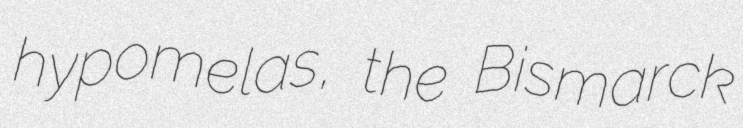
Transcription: hypomelas, the Bismarck